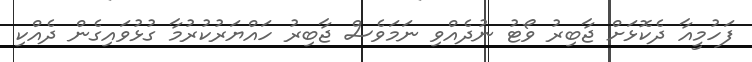
ފަހުމީއާ ދެކޮޅަށް ޖާބިރު ވޯޓު ނުދެއްވި ނަމަވެސް ޖާބިރު ހައްޔަރުކުރުމާ ގުޅުވައިގެން ދެއްކި